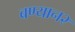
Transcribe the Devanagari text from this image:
बण्यान२